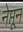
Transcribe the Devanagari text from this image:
नेप्तून